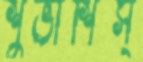
শুভাশিস্‌